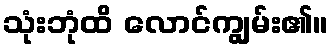
သုံးဘုံထိ လောင်ကျွမ်း၏။